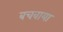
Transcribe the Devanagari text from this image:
बचवाया